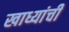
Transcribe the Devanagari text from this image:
खाध्यांची